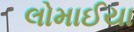
લોમાઈયા